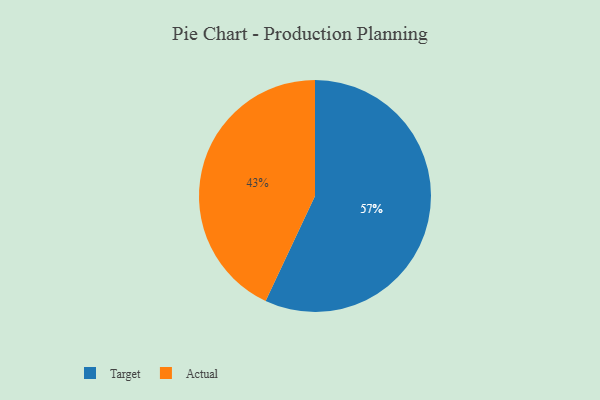
{"axis": {"x": "Category", "y": "Percentage"}, "legend": ["Actual", "Target"], "data": [{"x": "Target", "y": 57, "type": "Target"}, {"x": "Actual", "y": 43, "type": "Actual"}]}